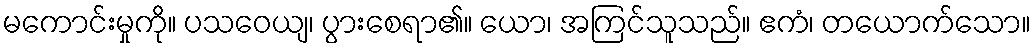
မကောင်းမှုကို။ ပသဝေယျ၊ ပွားစေရာ၏။ ယော၊ အကြင်သူသည်။ ဧကံ၊ တယောက်သော။